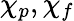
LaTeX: \chi_{p},\chi_{f}